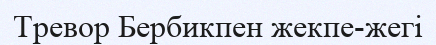
Тревор Бербикпен жекпе-жегі